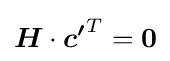
{\boldsymbol {H}}\cdot {\boldsymbol {c'}}^{T}={\boldsymbol {0}}